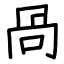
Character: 咼